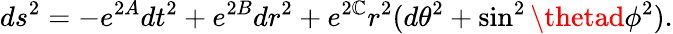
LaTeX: ds^{2}=-e^{2A}dt^{2}+e^{2B}dr^{2}+e^{2\mathbb{C}}r^{2}(d\theta^{2}+\sin^{2}\thetad\phi^{2}).